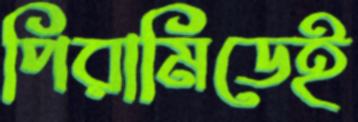
পিরামিডেই